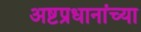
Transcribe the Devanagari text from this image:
अष्टप्रधानांच्या